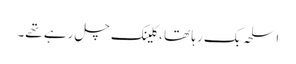
اسلحہ بک رہا تھا ، کلینک چل رہے تھے۔